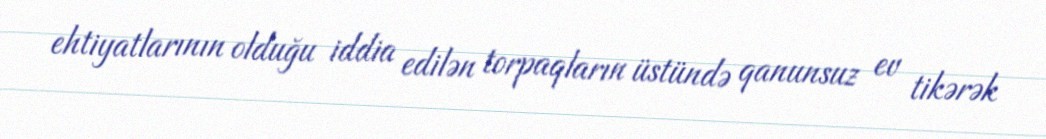
ehtiyatlarının olduğu iddia edilən torpaqların üstündə qanunsuz ev tikərək